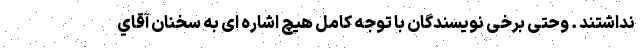
نداشتند . وحتی برخی نویسندگان با توجه کامل هیچ اشاره ای به سخنان آقاي